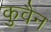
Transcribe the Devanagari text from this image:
कुवैन